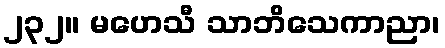
၂၃၂။ မဟေသီ သာဘိသေကာညာ၊